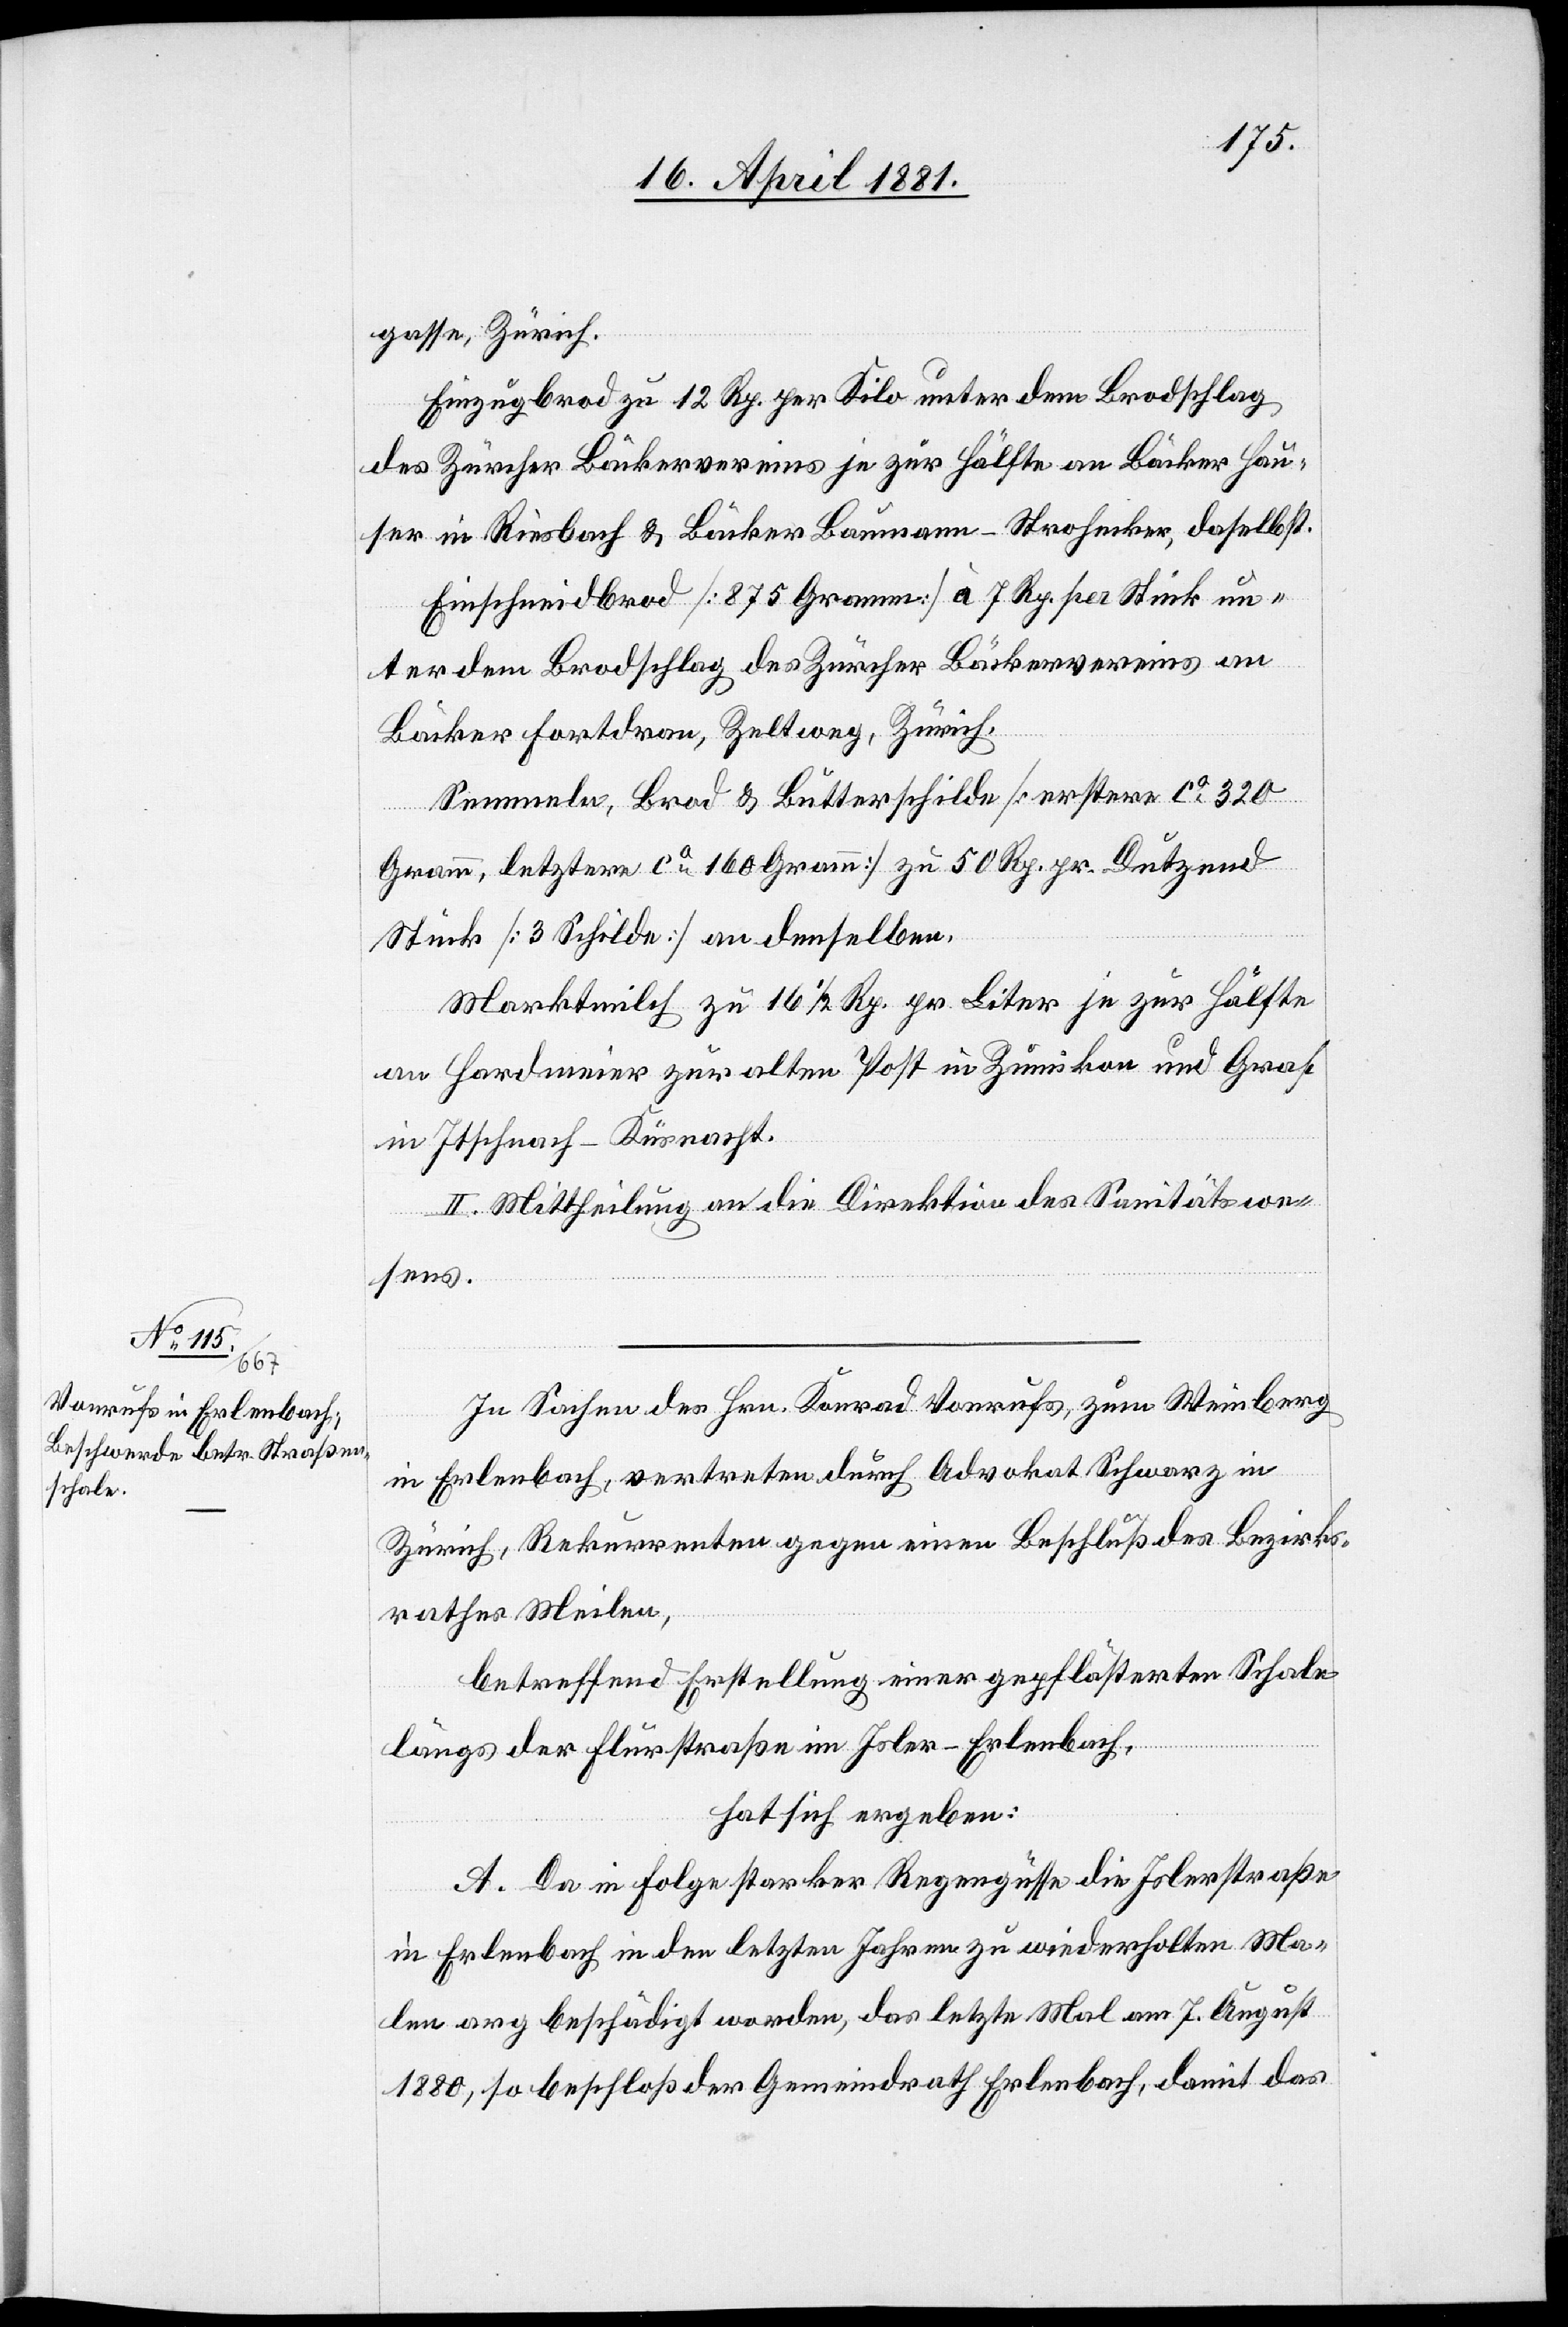
gasse, Zürich.
Einzugbrod zu 12. Rp. per Kilo unter dem Brodschlag
des Zürcher Bäckervereins je zur Hälfte an Bäcker Hau¬
ser in Riesbach & Bäcker Baumann-Strohecker, daselbst.
Einschneidbrod [875 Gramm] à 7 Rp. per Stück un¬
ter dem Brodschlag des Zürcher Bäckervereins an
Bäcker Fortdran, Zeltweg, Zürich.
Semmeln, Brod & Butterschilde [erstere ca 320
Gramm, letztere ca 160 Gramm] zu 50 Rp. pr. Dutzend
Stück [3 Schilde] an denselben.
Marktmilch zu 16 1/2 Rp. per Liter je zur Hälfte
an Hardmeier zur alten Post in Zumikon und Graf
in Itschnach - Küsnacht.
II. Mittheilung an die Direktion des Sanitätswe¬
sens.
In Sachen des Hrn. Konrad Vonrufs, zum Weinberg
in Erlenbach, vertreten durch Advokat Schwarz in
Zürich, Rekurrenten gegen einen Beschluß des Bezirks¬
rathes Meilen,
betreffend Erstellung einer gepflästerten Schale
längs der Flurstraße im Isler - Erlenbach,
hat sich ergeben:
A. Da in Folge starker Regengüsse die Islerstraße
in Erlenbach in den letzten Jahren zu wiederholten Ma¬
le arg beschädigt worden, das letzte Mal am 7. August
1880, so beschloß der Gemeindrath Erlenbach, damit das